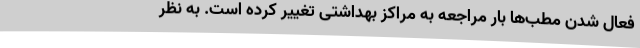
فعال شدن مطب‌ها بار مراجعه به مراکز بهداشتی تغییر کرده است. به نظر